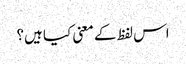
اس لفظ کے معنی کیا ہیں؟